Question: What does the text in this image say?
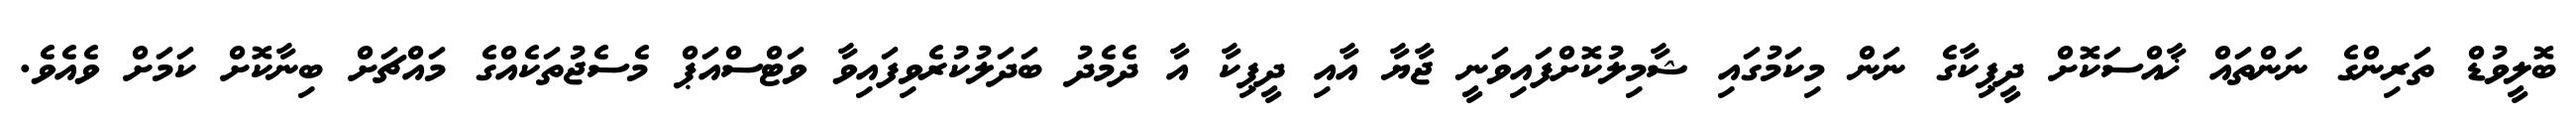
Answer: ބޮލީވުޑް ތަރިންގެ ނަންތައް ޚާއްސަކޮށް ދީޕިކާގެ ނަން މިކަމުގައި ޝާމިލުކޮށްފައިވަނީ ޖާޔާ އާއި ދީޕިކާ އާ ދެމެދު ބަދަލުކުރެވިފައިވާ ވަޓްސްއަޕް މެސެޖުތަކެއްގެ މައްޗަށް ބިނާކޮށް ކަމަށް ވެއެވެ.